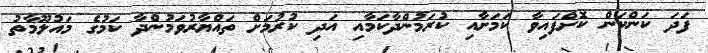
ފަދަ ކަންކަން ކޮށްފައިވާ ކަމަށާއި ކުރަމުންދާކަމާއި އަދި ކުރުމަށް ތައްޔާރުވަމުންދާ ކަމުގެ މައުލޫމާތު